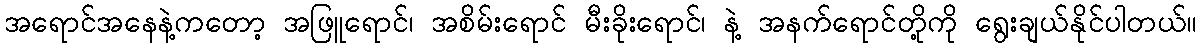
အရောင်အနေနဲ့ကတော့ အဖြူရောင်၊ အစိမ်းရောင် မီးခိုးရောင်၊ နဲ့ အနက်ရောင်တို့ကို ရွေးချယ်နိုင်ပါတယ်။